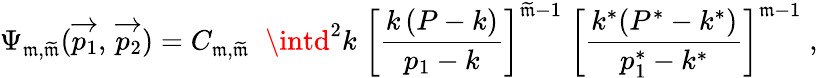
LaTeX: \Psi_{\mathfrak{m},\widetilde{{\mathfrak{m}}}}(\overrightarrow{{p_{1}}},\, \overrightarrow{{p_{2}}})=C_{\mathfrak{m},{\widetilde{\mathfrak{m}}}}\; \; \intd^{2}k\; \left[{\frac{{k\, (P-k)}}{{p_{1}-k}}}\right]^{{\widetilde{\mathfrak{m}}}-1}\; \left[{\frac{{k^{*}(P^{*}-k^{*})}}{{p_{1}^{*}-k^{*}}}}\right]^{\mathfrak{m}-1}\; ,